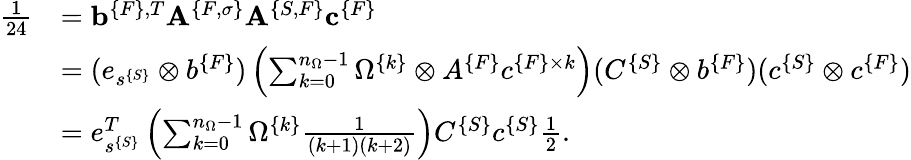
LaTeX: \begin{array}{rl}{\frac{1}{24}}&{={\mathbf b}^{\{ F\} ,T}{\mathbf A}^{\{ F,\sigma\} }{\mathbf A}^{\{ S,F\} }{\mathbf c}^{\{ F\} }}\\ &{=(e_{s^{\{ S\} }}\otimes b^{\{ F\} })\left(\sum_{k=0}^{n_{\Omega}-1}\Omega^{\{ k\} }\otimes A^{\{ F\} }c^{\{ F\} \times k}\right)(C^{\{ S\} }\otimes b^{\{ F\} })(c^{\{ S\} }\otimes c^{\{ F\} })}\\ &{=e_{s^{\{ S\} }}^{T}\left(\sum_{k=0}^{n_{\Omega}-1}\Omega^{\{ k\} }\frac{1}{(k+1)(k+2)}\right)C^{\{ S\} }c^{\{ S\} }\frac{1}{2}.}\end{array}